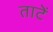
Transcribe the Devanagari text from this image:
ताटें